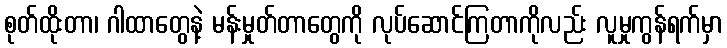
စုတ်ထိုးတာ၊ ဂါထာတွေနဲ့ မန်းမှုတ်တာတွေကို လုပ်ဆောင်ကြတာကိုလည်း လူမှုကွန်ရက်မှာ